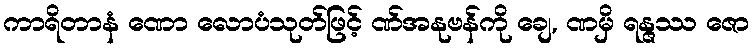
ကာရိတာနံ ဏော လောပံသုတ်ဖြင့် ဏ်အနုဗန်ကို ချေ, ဏမှိ ရန္ဇဿ ဇော